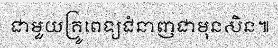
ជាមួយគ្រូពេទ្យជំនាញជាមុនសិន៕